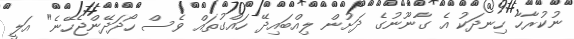
ނުކުރާހާ ހިނދަކު އެ ގާނޫނުގެ ދަށުން ލިއްބައިދޭ ހައްގުތައް ވެސް ހޯދަދޭންޖެހޭނެ" އަލީ